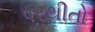
પરથીતો